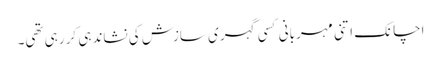
اچانک اتنی مہربانی کسی گہری سازش کی نشاندہی کر رہی تھی۔